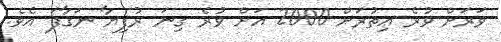
ވަރަށް ވުރެ އިތުރަށް 2000 އަށް ވުރެ ގިނަ ރުފިޔާ ނަގާފަ އެވެ.